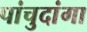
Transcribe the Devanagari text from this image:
पांचुदांगा